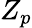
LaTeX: Z_{p}